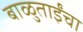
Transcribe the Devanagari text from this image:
बाळुताईंचा